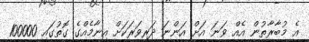
އެ މުބާރާތުން އެއް ވަނަ އަށް އަންނަ ދަރިވަރަކަށް އިނާމެއްގެ ގޮތުގައި 100000